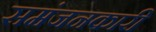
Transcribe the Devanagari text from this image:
समंजनकारी